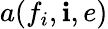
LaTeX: a(f_{i},\mathbf{i},e)